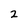
Character: 2